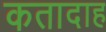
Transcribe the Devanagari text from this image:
कतादाह